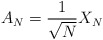
\begin{align*}A_{N}=\frac{1}{\sqrt{N}}X_{N} \end{align*}